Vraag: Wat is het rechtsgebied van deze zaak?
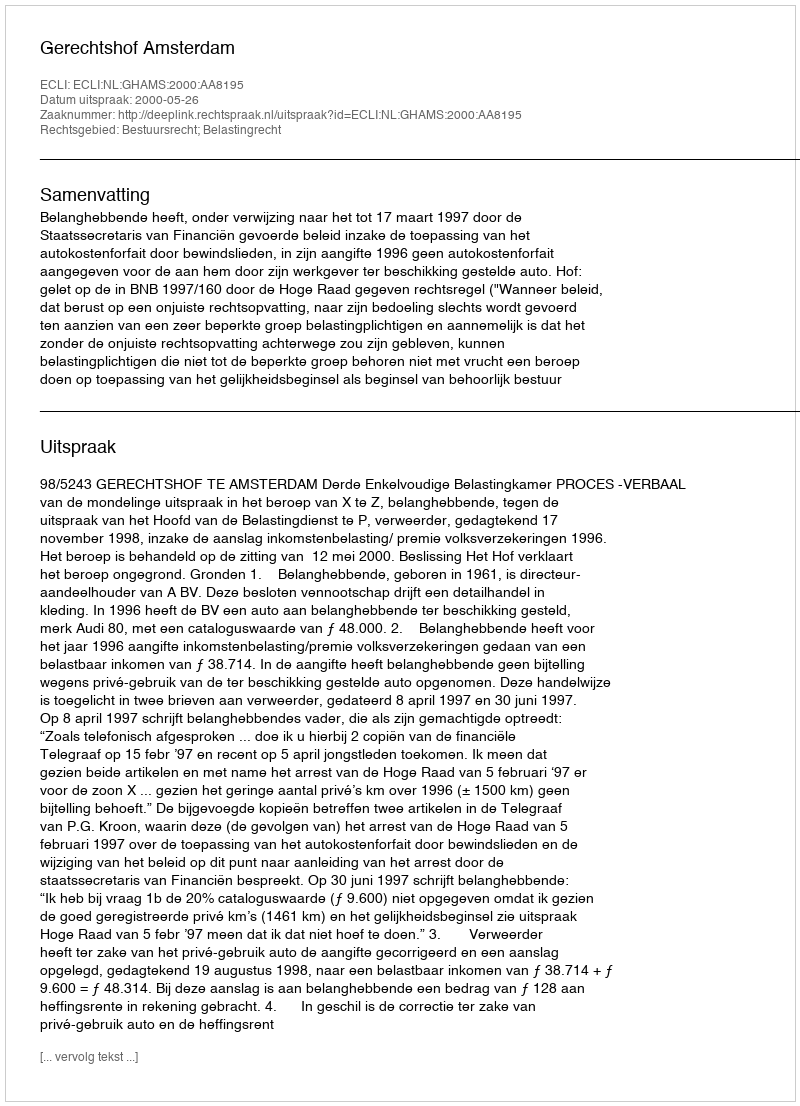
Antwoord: Bestuursrecht; Belastingrecht